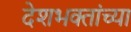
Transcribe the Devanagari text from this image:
देशभक्तांच्या